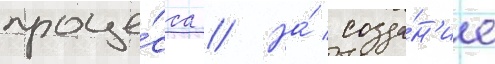
проце́сса // На́ созда́н'ие